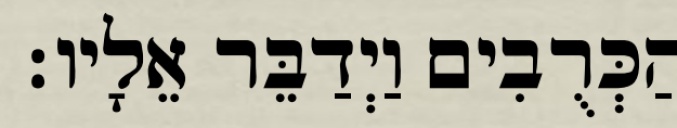
הַכְּרֻבִים וַיְדַבֵּר אֵלָיו׃